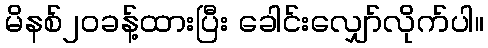
မိနစ်၂၀ခန့်ထားပြီး ခေါင်းလျှော်လိုက်ပါ။